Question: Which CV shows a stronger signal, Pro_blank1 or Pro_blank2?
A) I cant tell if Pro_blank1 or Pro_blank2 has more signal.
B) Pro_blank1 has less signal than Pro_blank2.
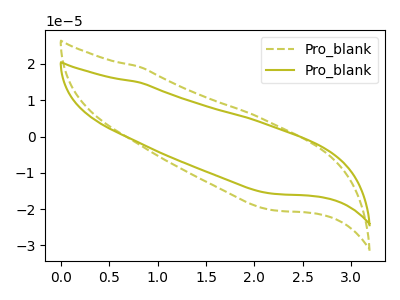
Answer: <think>The olive dashed curve "Pro_blank1" has no peaks. The olive curve "Pro_blank2" has no peaks.
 Neither "Pro_blank1" or "Pro_blank2" have any peaks.</think>
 <answer>A) I cant tell if "Pro_blank1" or "Pro_blank2" has more signal.</answer>
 <eval>A</eval>